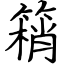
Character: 䈾